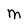
Character: M